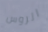
الروس